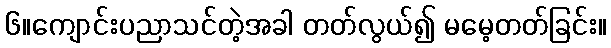
၆။ကျောင်းပညာသင်တဲ့အခါ တတ်လွယ်၍ မမေ့တတ်ခြင်း။